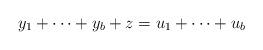
LaTeX: \begin{align*}y_1+\cdots+y_b+z=u_1+\cdots+u_b\end{align*}